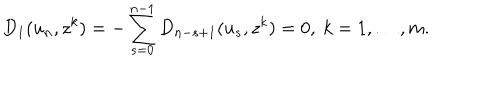
LaTeX: D _ { 1 } ( u _ { n } , z ^ { k } ) = - \sum _ { s = 0 } ^ { n - 1 } D _ { n - s + 1 } ( u _ { s } , z ^ { k } ) = 0 , \ k = 1 , \dots , m .